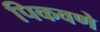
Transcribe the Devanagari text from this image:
पिकवणे